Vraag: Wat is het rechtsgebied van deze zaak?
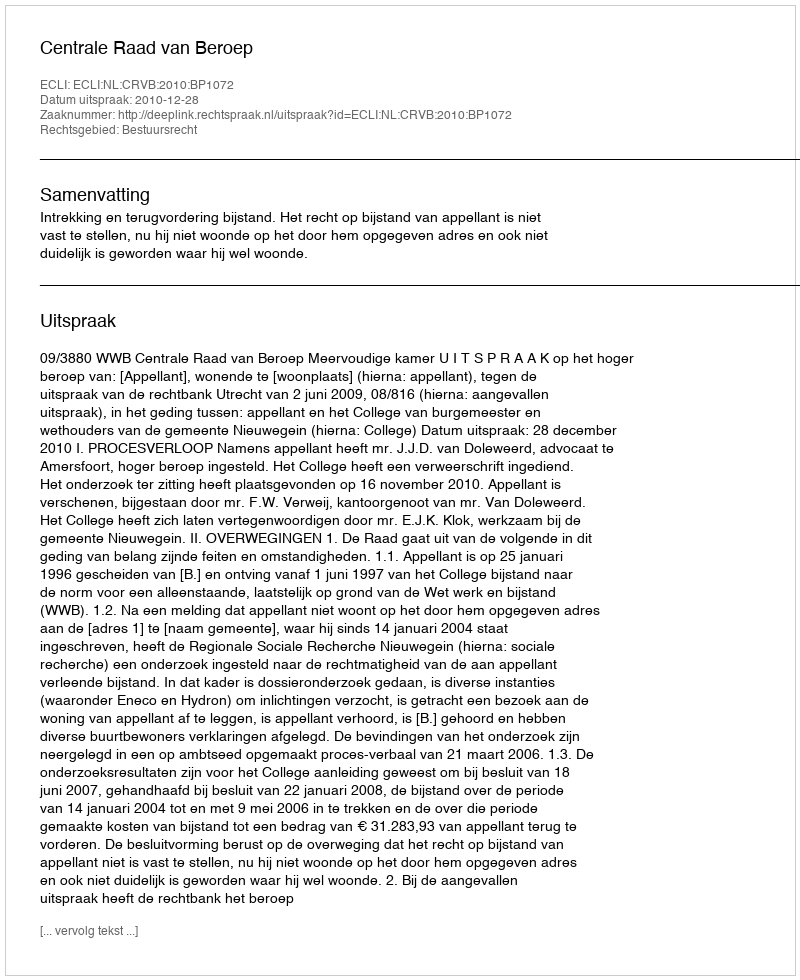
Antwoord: Bestuursrecht